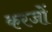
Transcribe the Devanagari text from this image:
करजों